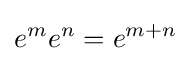
e^{m}e^{n}=e^{m+n}